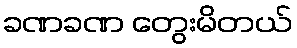
ခဏခဏ တွေးမိတယ်